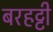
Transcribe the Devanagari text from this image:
बरहट्टी